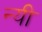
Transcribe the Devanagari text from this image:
न्यी